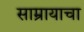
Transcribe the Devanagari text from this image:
साम्रायाचा